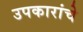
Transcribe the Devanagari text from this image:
उपकारांचे